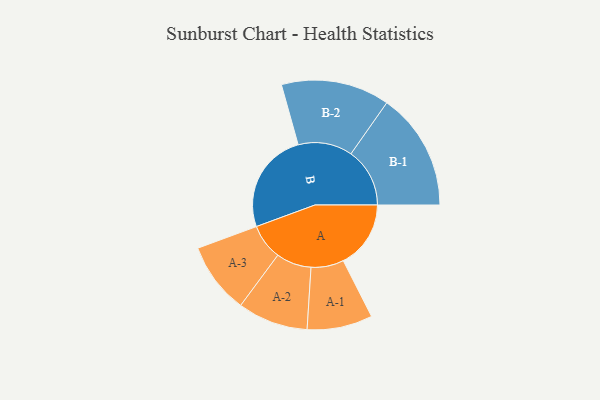
{"axis": {"x": "Segment", "y": "Value"}, "legend": ["", "A", "B"], "data": [{"x": "A", "y": 326, "type": ""}, {"x": "B", "y": 489, "type": ""}, {"x": "A-1", "y": 158, "type": "A"}, {"x": "A-2", "y": 170, "type": "A"}, {"x": "A-3", "y": 172, "type": "A"}, {"x": "B-1", "y": 284, "type": "B"}, {"x": "B-2", "y": 262, "type": "B"}]}